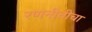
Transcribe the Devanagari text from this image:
रणनीतीचा